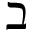
\beth